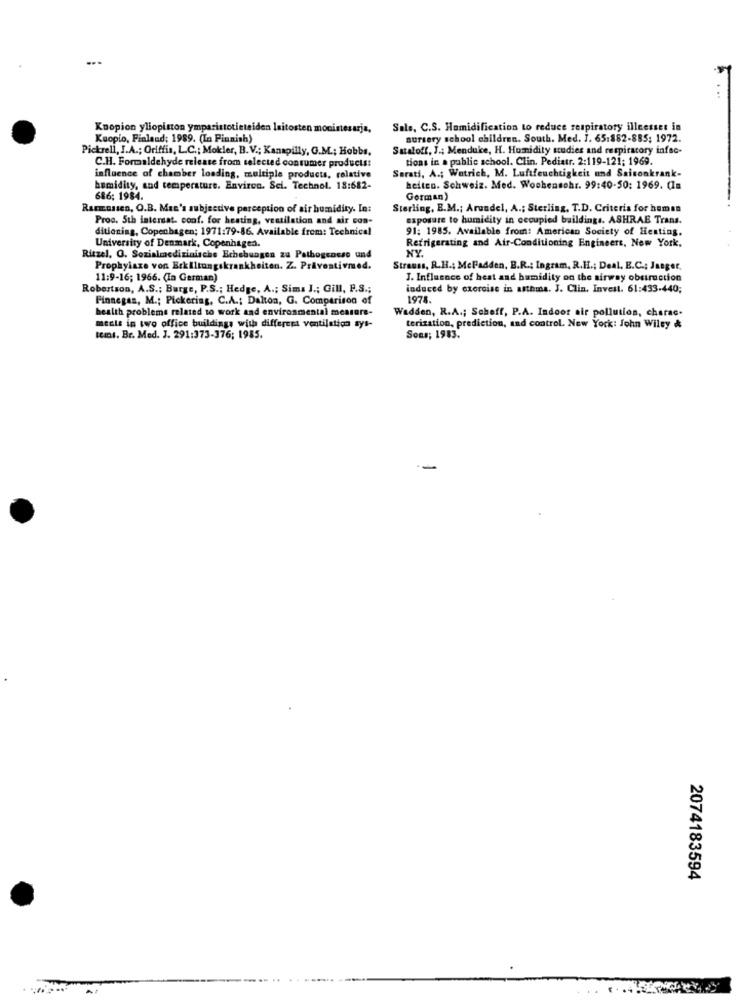
..
Koopion yliopiston ymparistotieteiden laitosten monintesarja,
Sale, C.S. Humidification to reduce respiratory illeesset in
Kuopio, Finland: 1989. (In Piunish)
nursery school children. South. Med. J. 65:882-885; 1972.
Pickrell, I.A .; Oriffis, L.C .; Mokler, B.V .; Kanapilly, G.M .; Hobbs,
Sataloff, J .; Menduke, H. Humidity studies and respiratory infac-
tions in a public school. Clin. Pediatr. 2:119-121; 1969.
C.H. Formaldehyde release from selected consumer products:
influence of chamber loading, multiple products, relative
Serati, A .; Watrich, M. Luftfeuchtigkeit und Saisonkrank-
humidity, and temperature. Environ. Sci. Technol. 18:682-
heiten. Schweiz. Med. Wochensohr. 99:40-50: 1969. (Im
686; 1984.
German)
Rasmussen, O.B. Man's subjective perception of air humidity. In:
Sterling, B.M .; Arundel, A .; Sterling, T.D. Criteria for human
Proc. 5th intersat. conf. for heating, ventilation and air con-
exposure to humidity in occupied buildings. ASHRAE Trans.
ditioning, Copenhagen; 1971:79-86. Available from: Technical
91: 1985. Available from: American Society of Heating.
Refrigerating and Air-Conditioning Engineert, New York.
University of Denmark, Copenhagen.
NY.
Ritzel, O. Sozialmedizinische Bchebungen zu Pathogenese und
Prophylaxe von Erkältungskrankheiten. Z. Präventivmed.
Strauss, R.H .; McFadden, B.R .; Ingram, R.H .; Deal, E.C .; Jaeger,
11:9-16; 1966. (In German)
J. Influence of heat and humidity on the airway obstruction
Robertson, A.S .; Burge, P.S .; Hedge, A .; Sims I .; Gill, P.S .;
induced by exorcise in asthma. J. Clin. Invest. 61:433-440;
Finnegan, M .; Pickering, C.A .: Dalton, G. Comparison of
1978.
health problems related to work and environmental measure-
Wadden, R.A .; Scheff, P.A. Indoor air pollution, charac.
mesle in two office buildings with different ventilation sys-
terization, prediction, and control. New York: John Wiley &
temI. Br. Med. J. 291:373-376; 1985.
Sons; 1983.
2074183594